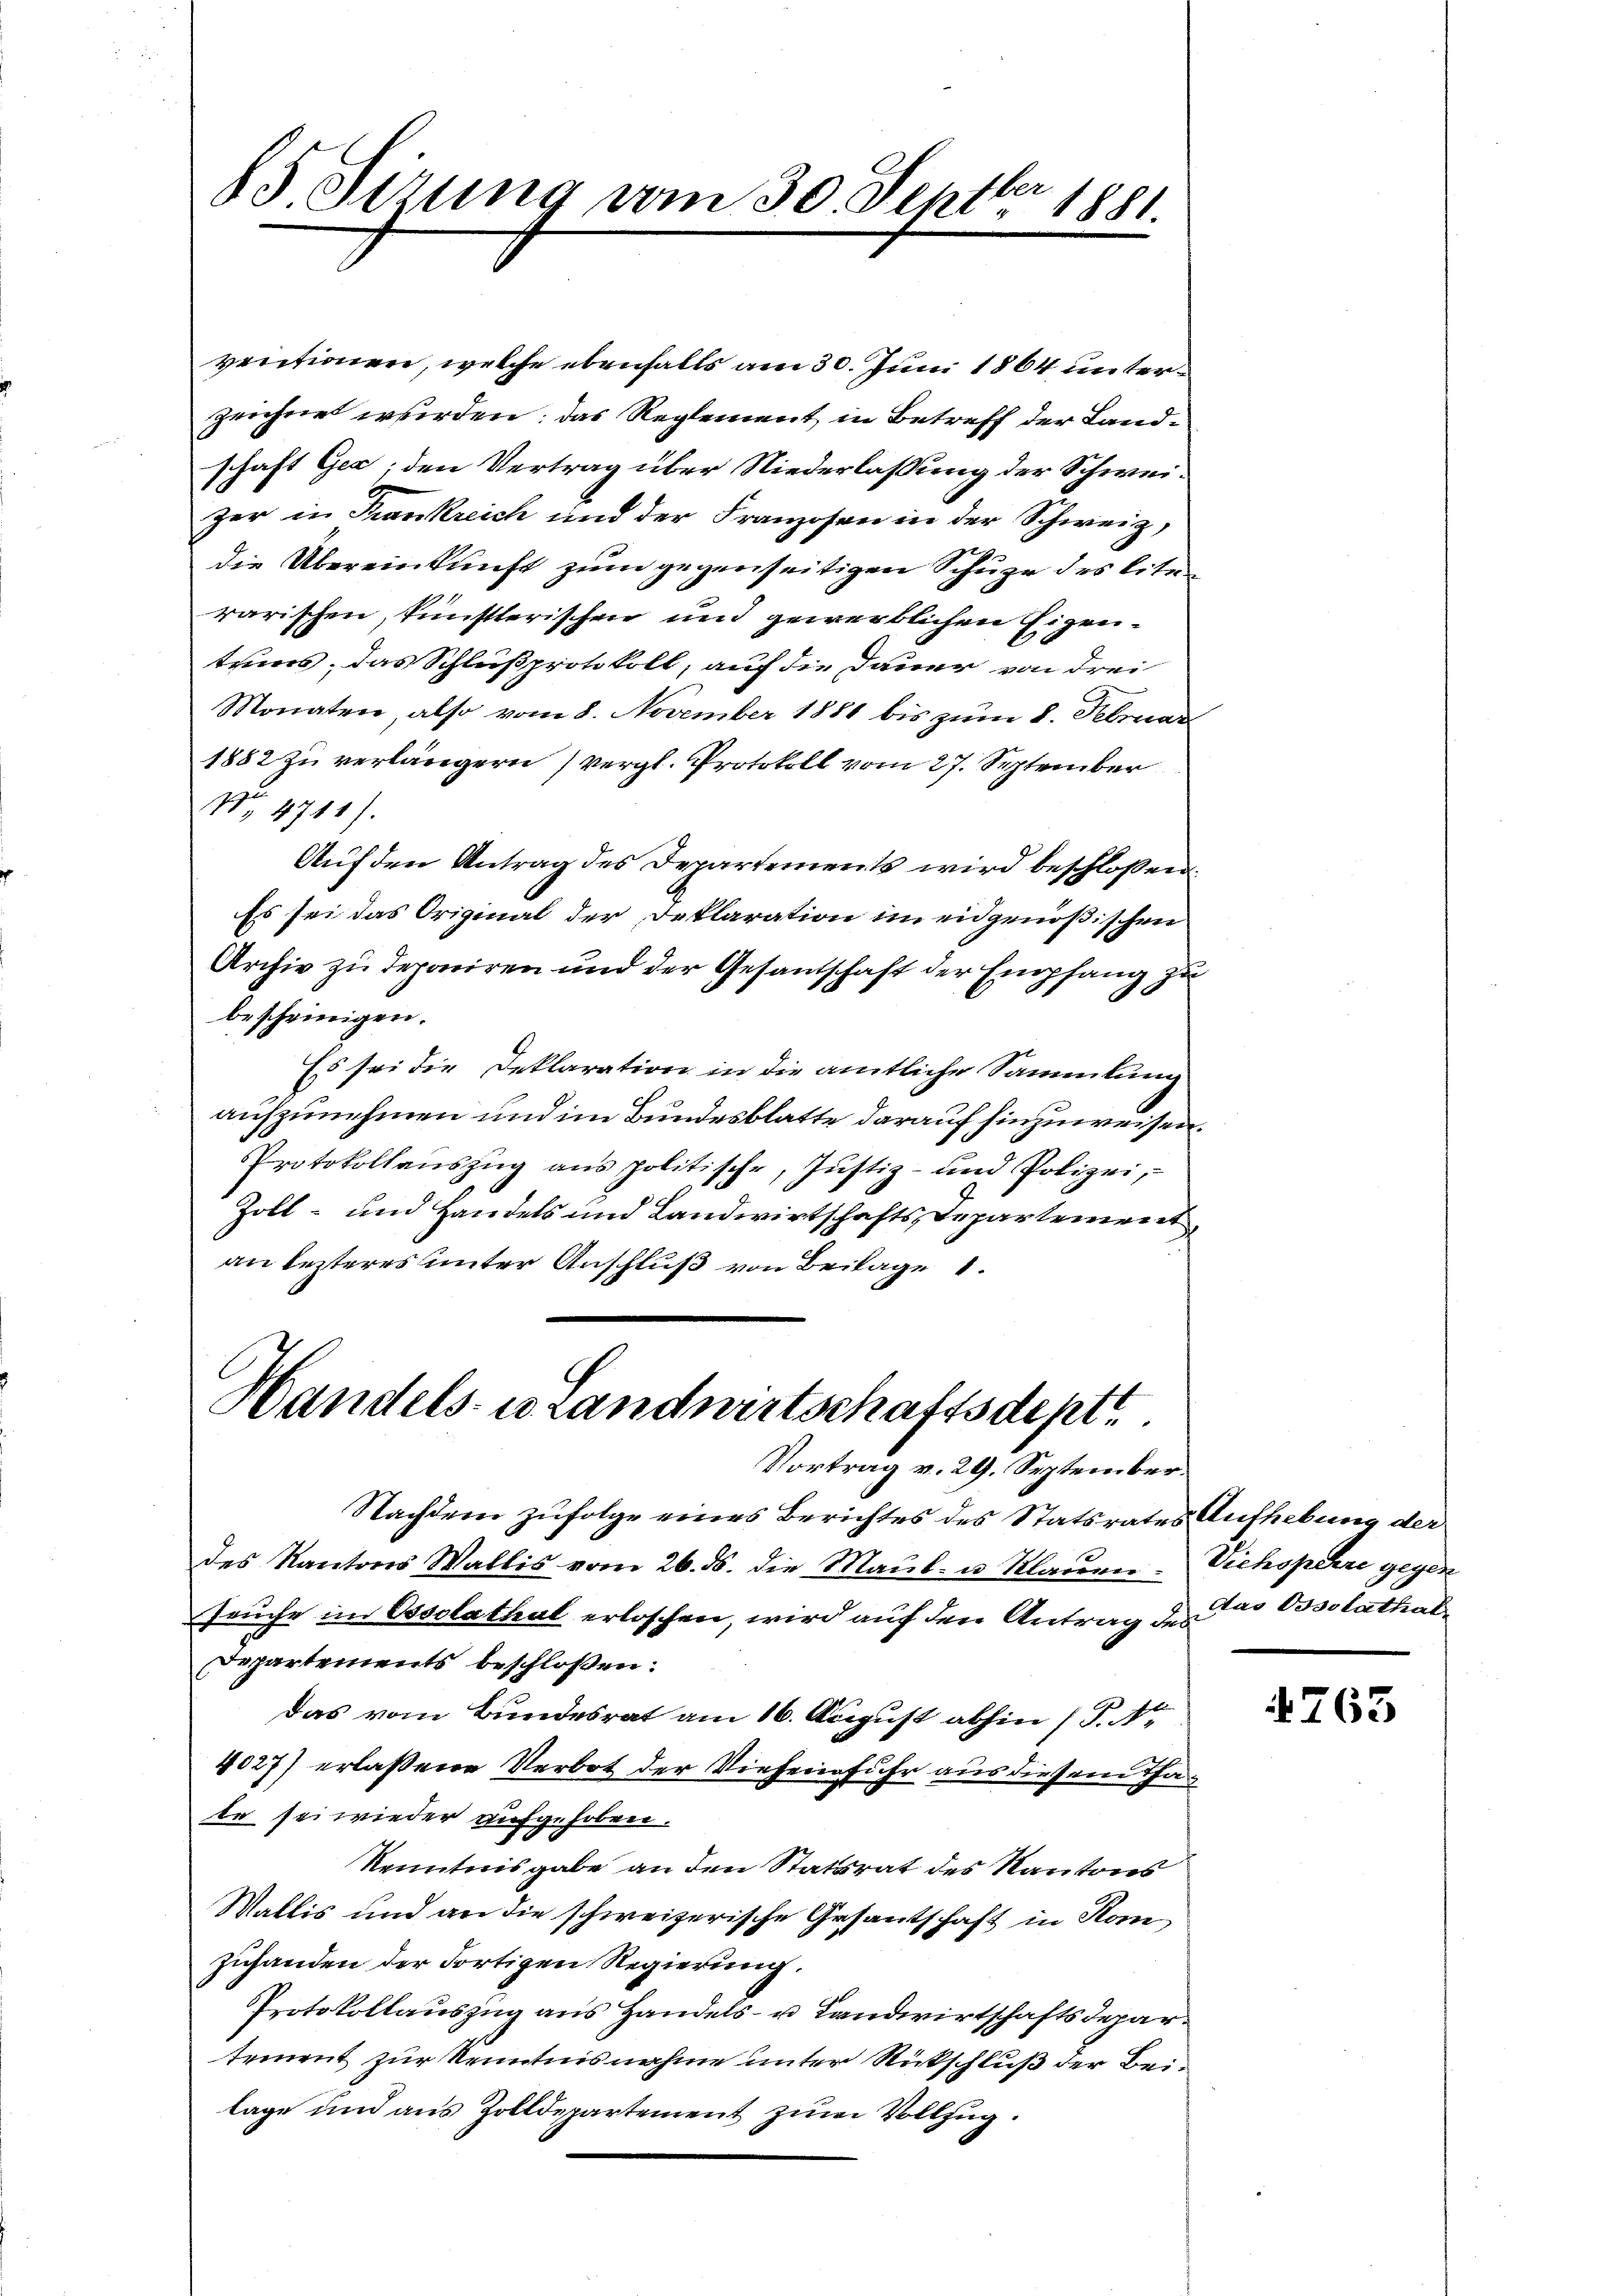
85. Sirung vom 30. Septbr 1881.

ventionen, welche ebenfalls am 30. Juni 1864 unterzeichne wurden; das Reglement in Betreff der Land-
schaft Gex, den Vertrag über Niederlassung der Schweizer in Frankreich und der Franzosen in der Schweiz,
die Übereinkunft zum gegenseitigen Schupe des liten
rarischen, künstlerischen und gewerblichen Eigentums, das Schlußprotokoll, auf die Dauer von drei
Monaten, also vom 8. November 1881 bis zum 8. Februar
1882 zu verlängern vergl. Protokoll vom 27. September
No. 4711).
Auf den Antrag des Departements wird beschloßen:
Es sei das Original der Deklaration im eidgenößischen
Archiv zu deponiren und der Gesandschaft der Empfang zu
bescheinigen.
Es sei die Deklaration in die amtliche Sammlung
aufzunehmen und im Bundesblatte darauf hinzuweisen.
PProtokollaŭszŭg ans politische, Jŭstiz- und Polizei,
Zoll- und Handels und Landwirtschafts Departement,
an lezteres unter Anschluß von Beilage 1.

Handels- u. Landwirtschaftsdept

Vortrag v. 29. September.
Nachdem zufolge eines Berichtes des Statsrates Aufhebung der
des Kantons Wallis vom 26. ds. die Maul- u Klagen. Vichopere gegen
Truche im Ossolathal erloschen, wird auf den Antrag der das Ossolathal¬
Departements beschloßen:
Das vom Bundesrat am 16. August abhin (P. Nr.
4027) erlaßene Verbot der Viehene fuhr aus diesem Tate sei wieder aufgehoben.
kenntnisgabe an den Statsrat des Kantons
Wallis und an die schweizerische Gesantschaft in Homzuhanden der Fortigen Regierung.
Protokollauszug aus Handels- u Landwirtschaftsdepartement zur Kenntnisnahme unter Rückschluß der Beilage und aus Zolldepartement zum Vollzug.

763